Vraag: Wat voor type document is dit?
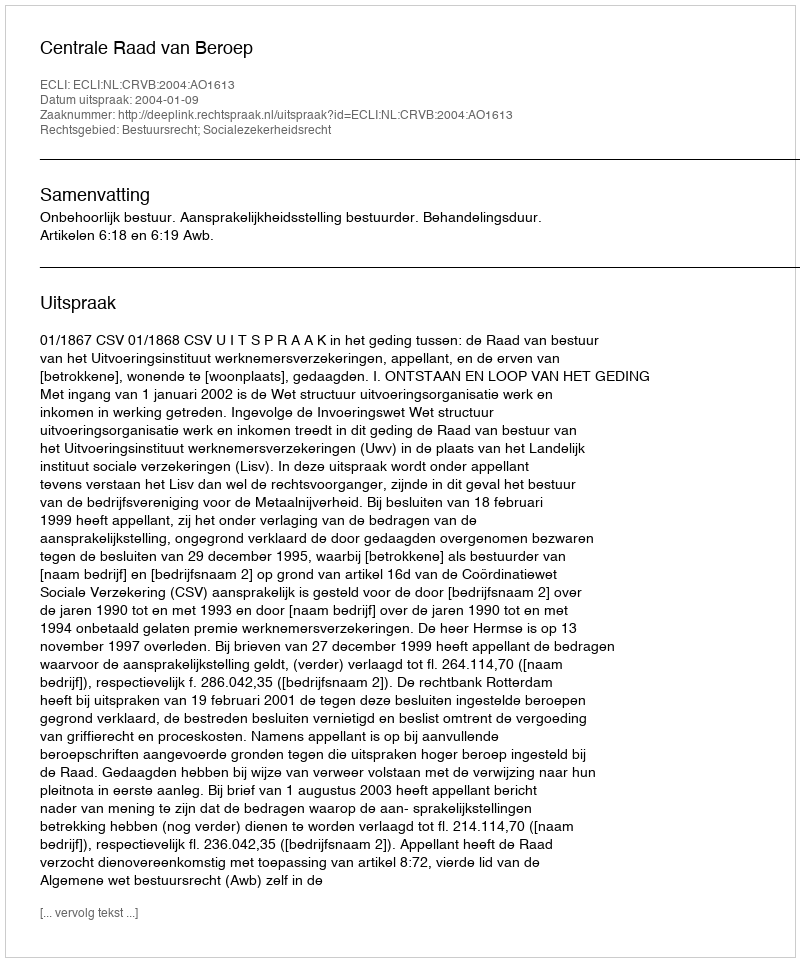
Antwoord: Uitspraak